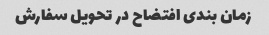
زمان بندی افتضاح در تحویل سفارش